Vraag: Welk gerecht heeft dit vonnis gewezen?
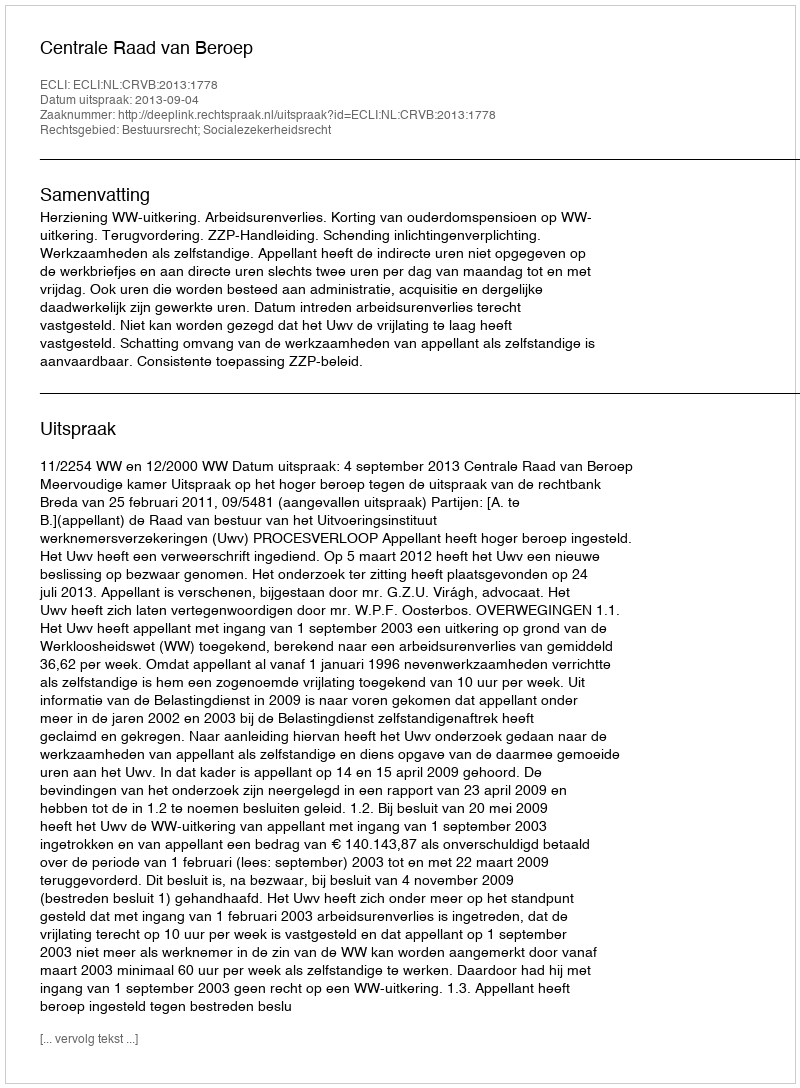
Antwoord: Centrale Raad van Beroep